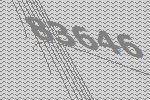
83646